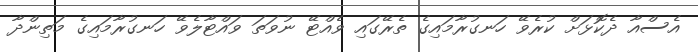
އެސްއާ ދެކޮޅަށް ކުރެވޭ ހަނގުރާމައިގެ ތެރޭގައި ވެއްޓޭ ނުވަތަ ވައްޓާލެވޭ ހަނގުރާމައިގެ މަތިންދާ